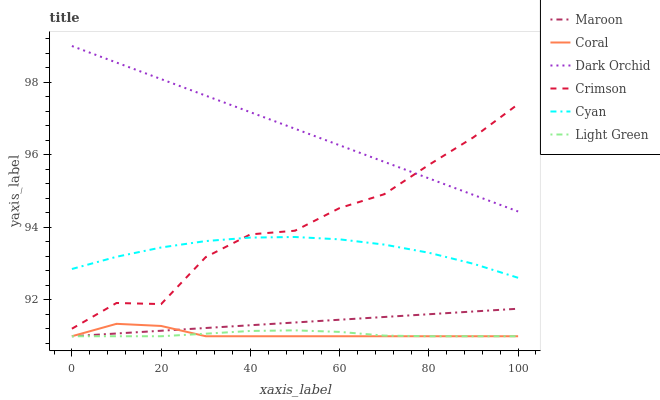
| xaxis_label | Maroon | Coral | Dark Orchid | Crimson | Cyan | Light Green |
 | --- | --- | --- | --- | --- | --- | --- |
 | 0 | 91 | 91 | 99 | 91.2 | 92.9 | 91 |
 | 10 | 91.1 | 91.3 | 98.5 | 91.9 | 93.2 | 91 |
 | 20 | 91.2 | 91.3 | 98.1 | 91.9 | 93.4 | 91 |
 | 30 | 91.2 | 91 | 97.6 | 93.2 | 93.6 | 91.1 |
 | 40 | 91.3 | 91 | 97.2 | 93.8 | 93.7 | 91.1 |
 | 50 | 91.4 | 91 | 96.7 | 93.9 | 93.7 | 91.2 |
 | 60 | 91.5 | 91 | 96.3 | 94.5 | 93.7 | 91.1 |
 | 70 | 91.5 | 91 | 95.8 | 94.9 | 93.5 | 91 |
 | 80 | 91.6 | 91 | 95.4 | 95.7 | 93.3 | 91 |
 | 90 | 91.7 | 91 | 94.9 | 96.5 | 93 | 91 |
 | 100 | 91.8 | 91 | 94.4 | 97.4 | 92.6 | 91 |